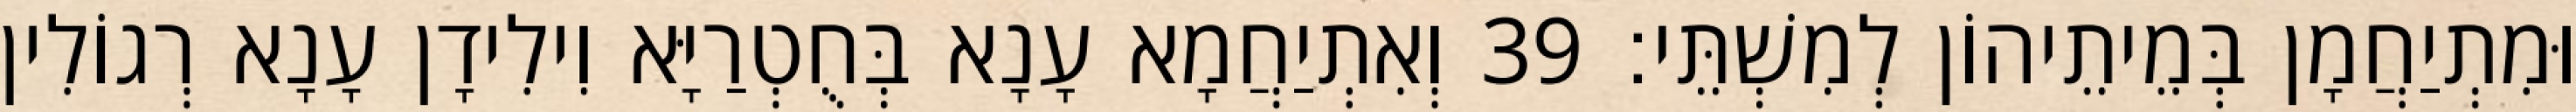
וּמִתְיַחֲמָן בְּמֵיתֵיהוֹן לְמִשְׁתֵּי׃ 39 וְאִתְיַחֲמָא עָנָא בְּחֻטְרַיָּא וִילִידָן עָנָא רְגוֹלִין